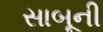
સાબૂની